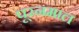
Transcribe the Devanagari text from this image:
पूरनमाल